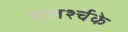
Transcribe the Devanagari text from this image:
नलर्श्चके